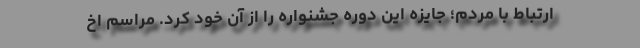
ارتباط با مردم؛ جایزه این دوره جشنواره را از آن خود کرد. مراسم اخ